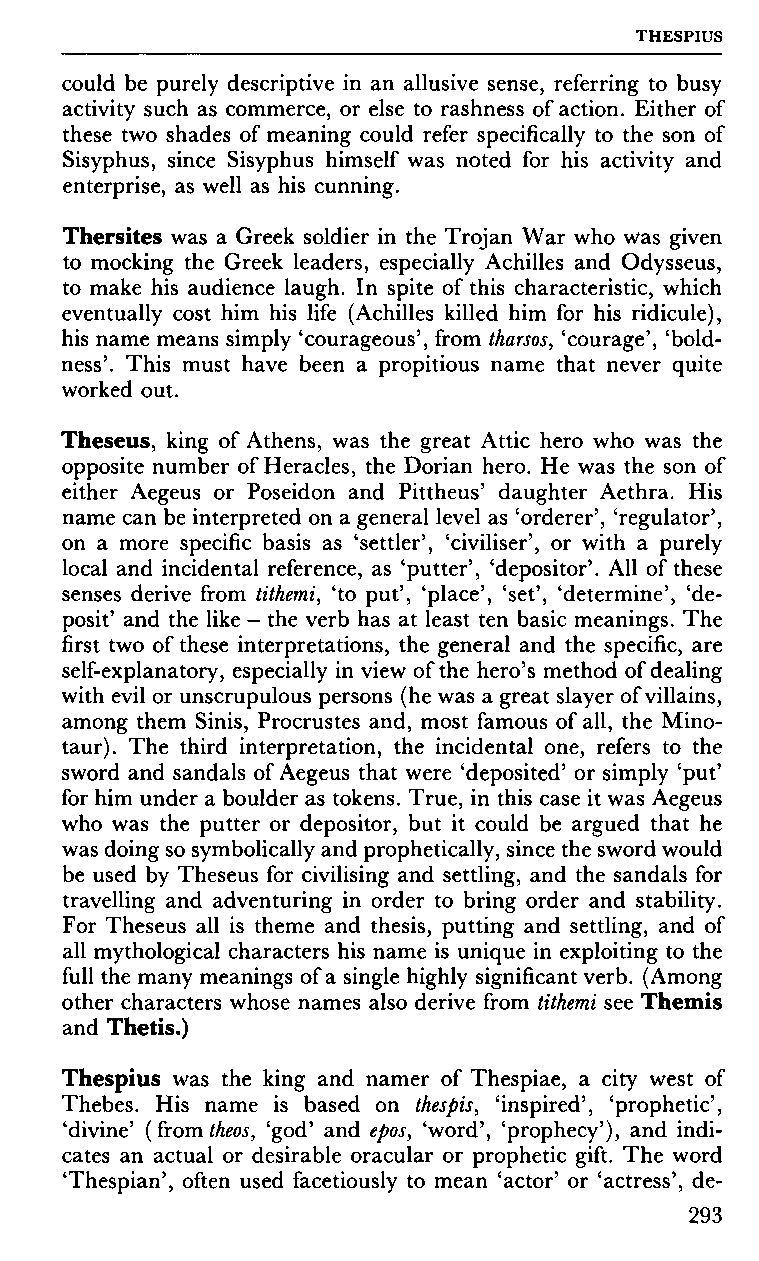
THESPIUS
 could be purely descriptive in an allusive sense, referring to busy
 activity such as commerce, or else to rashness of action. Either of
 these two shades of meaning could refer specifically to the son of
 Sisyphus, since Sisyphus himself was noted for his activity and
 enterprise, as well as his cunning.
 Thersites was a Greek soldier in the Trojan War who was given
 to mocking the Greek leaders, especially Achilles and Odysseus,
 to make his audience laugh. In spite of this characteristic, which
 eventually cost him his life (Achilles killed him for his ridicule),
 his name means simply 'courageous', from tharsos, 'courage', 'bold
 ness'. This must have been a propitious name that never quite
 worked out.
 Theseus, king of Athens, was the great Attic hero who was the
 opposite number of Heracles, the Dorian hero. He was the son of
 either Aegeus or Poseidon and Pittheus' daughter Aethra. His
 name can be interpreted on a general level as 'orderer', 'regulator',
 on a more specific basis as 'settler', 'civiliser', or with a purely
 local and incidental reference, as 'putter', 'depositor'. All of these
 senses derive from tithemi, 'to put', 'place', 'set', 'determine', 'de
 posit' and the like - the verb has at least ten basic meanings. The
 first two of these interpretations, the general and the specific, are
 self-explanatory, especially in view of the hero's method of dealing
 with evil or unscrupulous persons (he was a great slayer of villains,
 among them Sinis, Procrustes and, most famous of all, the Mino
 taur). The third interpretation, the incidental one, refers to the
 sword and sandals of Aegeus that were 'deposited' or simply 'put'
 for him under a boulder as tokens. True, in this case it was Aegeus
 who was the putter or depositor, but it could be argued that he
 was doing so symbolically and prophetically, since the sword would
 be used by Theseus for civilising and settling, and the sandals for
 travelling and adventuring in order to bring order and stability.
 For Theseus all is theme and thesis, putting and settling, and of
 all mythological characters his name is unique in exploiting to the
 full the many meanings of a single highly significant verb. (Among
 other characters whose names also derive from tithemi see Themis
 and Thetis.)
 Thespius was the king and namer of Thespiae, a city west of
 Thebes. His name is based on thespis, 'inspired', 'prophetic',
 'divine' ( from theos, 'god' and epos, 'word', 'prophecy'), and indi
 cates an actual or desirable oracular or prophetic gift. The word
 'Thespian', often used facetiously to mean 'actor' or 'actress', de-
 293